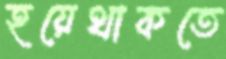
হয়েথাকতে